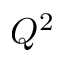
Q ^ { 2 }